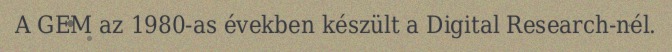
A GEM az 1980-as években készült a Digital Research-nél.